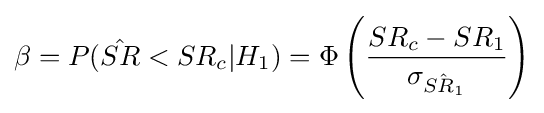
\beta =P({\hat {SR}}<SR_{c}|H_{1})=\Phi \left({\frac {SR_{c}-SR_{1}}{\sigma _{\hat {SR_{1}}}}}\right)